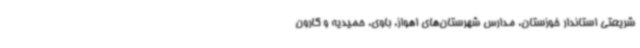
شریعتی استاندار خوزستان، مدارس شهرستان‌های اهواز، باوی، حمیدیه و کارون